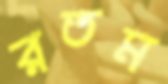
রতম